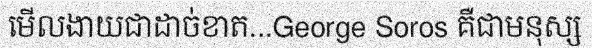
មើលងាយជាដាច់ខាត...George Soros គឺជាមនុស្ស